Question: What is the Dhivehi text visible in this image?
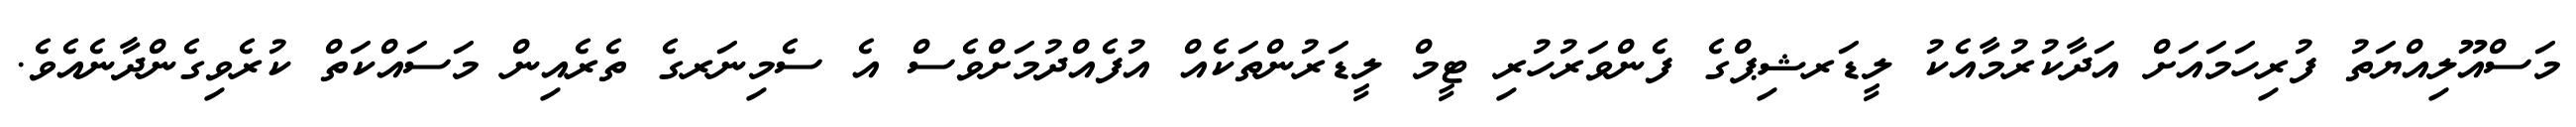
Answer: މަސްއޫލިއްޔަތު ފުރިހަމައަށް އަދާކުރުމާއެކު ލީޑަރޝިޕްގެ ފެންވަރުހުރި ޓީމް ލީޑަރުންތަކެއް އުފެއްދުމަށްވެސް އެ ސެމިނަރގެ ތެރެއިން މަސައްކަތް ކުރެވިގެންދާނެއެވެ.